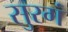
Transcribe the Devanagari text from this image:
सुरगं